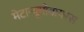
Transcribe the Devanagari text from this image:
मेटान्यूमोवायरस